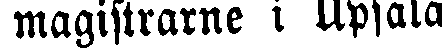
magistrarne i Upsala.